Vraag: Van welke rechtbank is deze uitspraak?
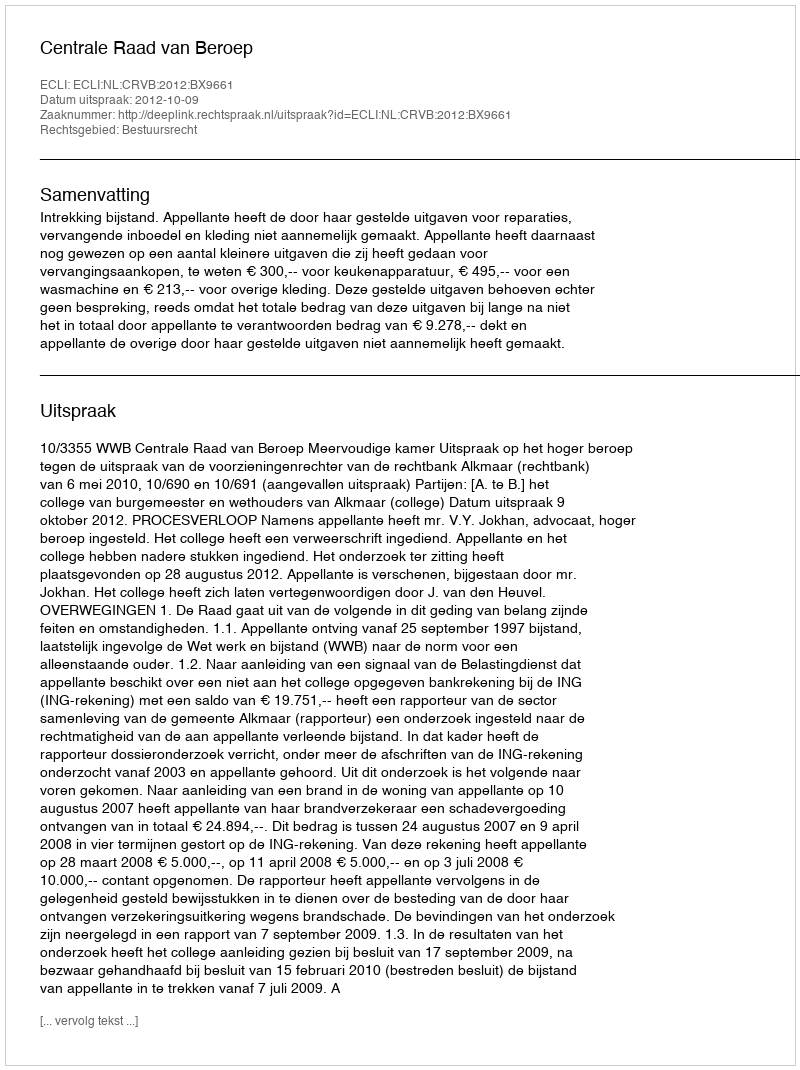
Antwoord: Centrale Raad van Beroep